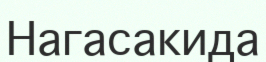
Нагасакида